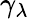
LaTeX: \gamma_{\lambda}